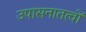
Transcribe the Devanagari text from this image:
उपासनातत्वों